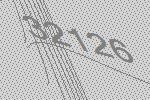
32126